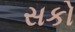
સકો